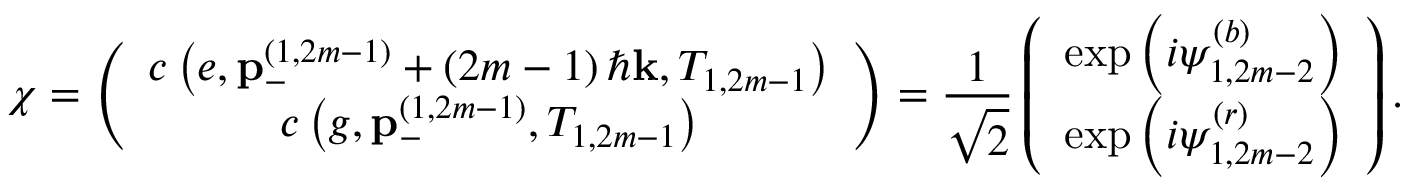
\chi = \left( \begin{array} { c } { c \left( e , \mathbf { p } _ { - } ^ { \left( 1 , 2 m - 1 \right) } + \left( 2 m - 1 \right) \hbar \mathbf { k } , T _ { 1 , 2 m - 1 } \right) } \\ { c \left( g , \mathbf { p } _ { - } ^ { \left( 1 , 2 m - 1 \right) } , T _ { 1 , 2 m - 1 } \right) } \end{array} \right) = \frac { 1 } { \sqrt { 2 } } \left( \begin{array} { c } { \exp \left( i \psi _ { 1 , 2 m - 2 } ^ { \left( b \right) } \right) } \\ { \exp \left( i \psi _ { 1 , 2 m - 2 } ^ { \left( r \right) } \right) } \end{array} \right) .